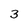
Character: 3